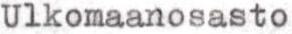
Ulkomaanosasto